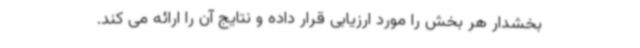
بخشدار هر بخش را مورد ارزیابی قرار داده و نتایج آن را ارائه می کند.